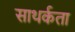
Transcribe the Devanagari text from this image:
साथर्कता